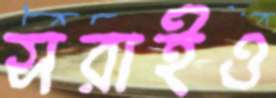
সরাইও